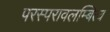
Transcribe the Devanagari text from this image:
परस्परावलम्बित्व